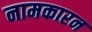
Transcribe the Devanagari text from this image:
नामकारन